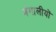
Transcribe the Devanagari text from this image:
बंगालीयों